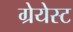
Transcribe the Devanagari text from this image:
ग्रेयेस्ट